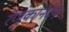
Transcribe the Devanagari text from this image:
रेणुकानंदन